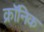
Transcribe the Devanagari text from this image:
क्राॅनिक